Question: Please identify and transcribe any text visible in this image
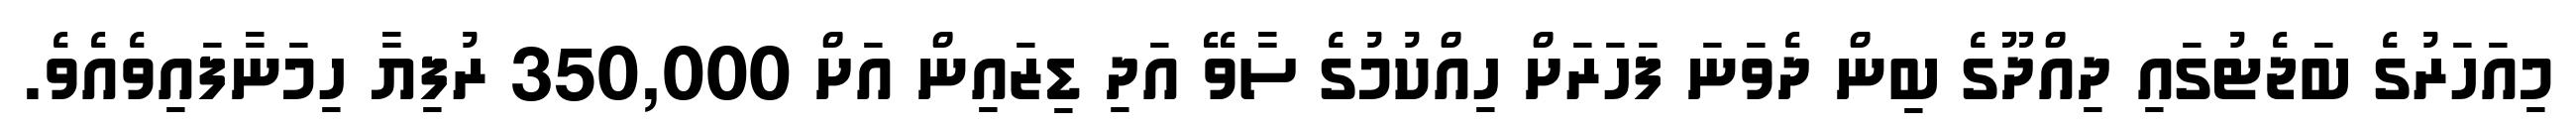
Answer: މިއަހަރުގެ ބަޖެޓުގައި ދިއްދޫގެ ބިން ދެވަނަ ފަހަރަށް ހިއްކުމުގެ ސާވޭ އަދި ޑިޒައިން އަށް 350,000 ރުފިޔާ ހިމަނާފައިވެއެވެ.